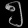
Digit: ၅